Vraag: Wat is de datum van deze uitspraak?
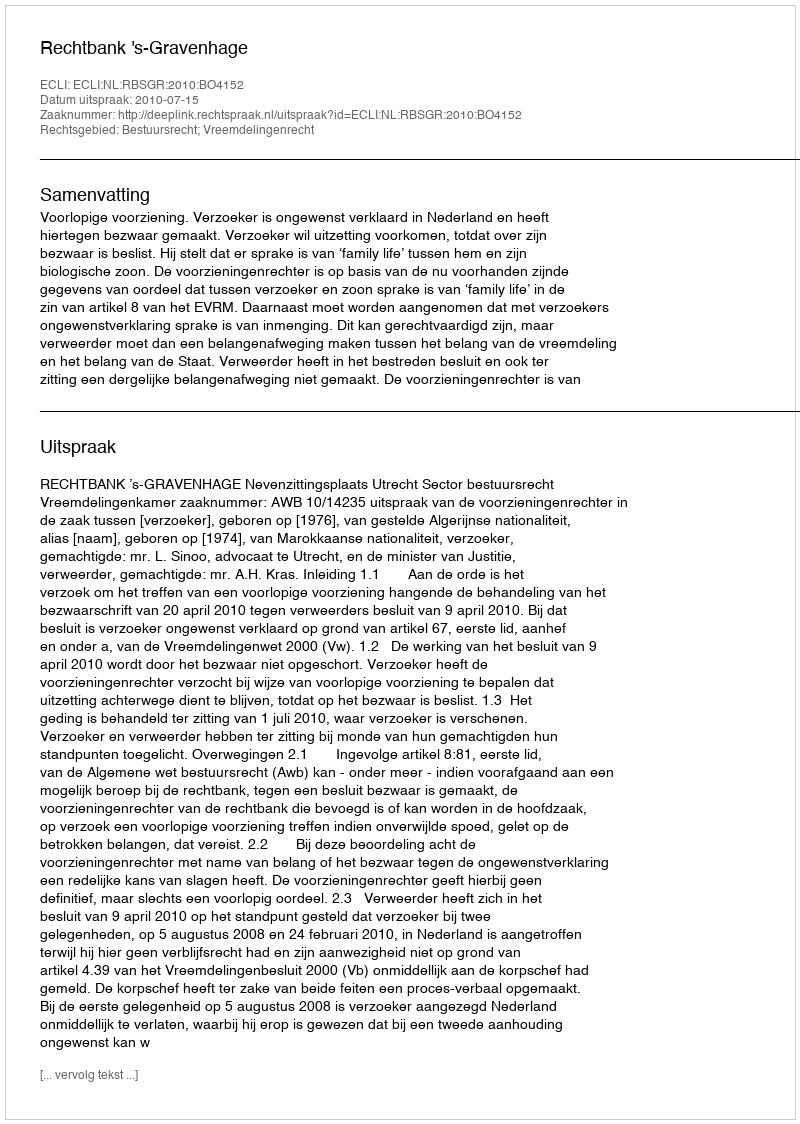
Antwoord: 2010-07-15